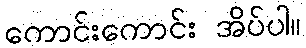
ကောင်းကောင်း အိပ်ပါ။